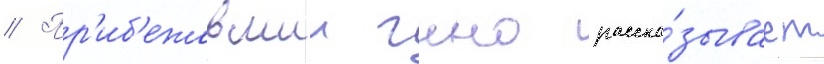
// Пр'иб'ежавшии чино расска́зывает